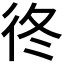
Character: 𢓘